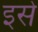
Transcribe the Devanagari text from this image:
इसे